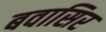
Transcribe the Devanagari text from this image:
बवासिर